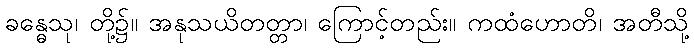
ခန္ဓေသု၊ တို့၌။ အနုသယိတတ္တာ၊ ကြောင့်တည်း။ ကထံဟောတိ၊ အတီသို့